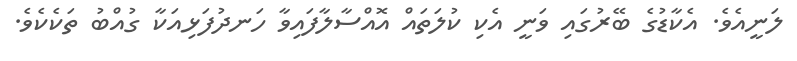
ލަނީއެވެ. އެކާޑުގެ ބޭރުގައި ވަނީ އެކި ކުލަތައް އޮއްސާލާފައިވާ ހަނދުފަޅިއަކާ ގުއްބު ތަކެކެވެ.